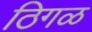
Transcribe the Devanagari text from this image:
ठिगळ